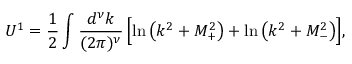
U ^ { 1 } = \frac { 1 } { 2 } \int \frac { d ^ { \nu } k } { ( 2 \pi ) ^ { \nu } } \, \Bigl [ \ln \left( k ^ { 2 } + M _ { + } ^ { 2 } \right) + \ln \left( k ^ { 2 } + M _ { - } ^ { 2 } \right) \Bigr ] ,